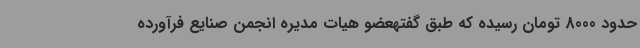
حدود 8000 تومان رسیده که طبق گفتهعضو هیات مدیره انجمن صنایع فرآورده